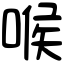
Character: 喉